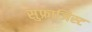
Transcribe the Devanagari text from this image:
सुफ्राजिस्ट